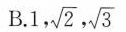
B.1，\sqrt{2}， \sqrt{3}